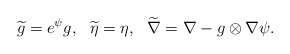
\begin{align*} \widetilde g=e^{\psi}g, \ \ \widetilde \eta=\eta, \ \ \widetilde \nabla=\nabla-g\otimes \nabla\psi.\end{align*}